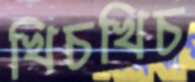
খিচখিচ